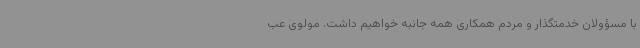
با مسؤولان خدمتگذار و مردم همکاری همه جانبه خواهیم داشت. مولوی عب